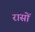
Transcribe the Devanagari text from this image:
रासों